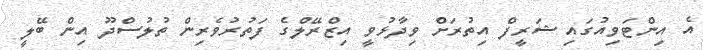
އެ އިންޓަވިއުގައި ޝަރީފް އިތުރަށް ވިދާޅުވީ އިޒްރޭލްގެ ފަތުރުވެރިން ތުލުސްދޫ އިން ބޭލީ